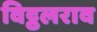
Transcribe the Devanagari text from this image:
विट्ठलराव